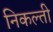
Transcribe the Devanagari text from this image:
निकल्ती